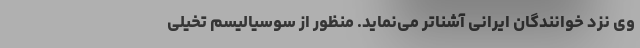
وی نزد خوانندگان ایرانی آشناتر می‌نماید. منظور از سوسیالیسم تخیلی